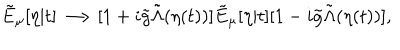
LaTeX: \tilde { E } _ { \mu } [ \eta | t ] \longrightarrow [ 1 + i \tilde { g } \tilde { \Lambda } ( \eta ( t ) ) ] \tilde { E } _ { \mu } [ \eta | t ] [ 1 - i \tilde { g } \tilde { \Lambda } ( \eta ( t ) ) ] ,